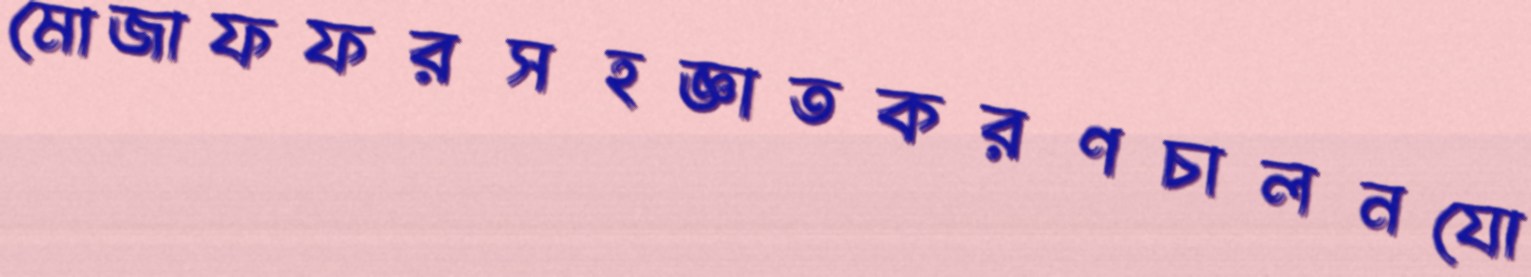
মোজাফফরসহজ্ঞাতকরণচালনযো